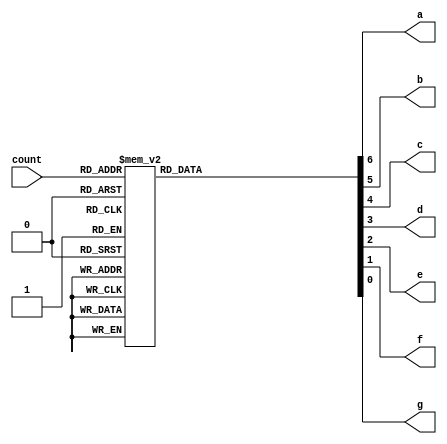

module segment_decoder_7bit(count, a, b, c, d, e, f, g);
	input [3:0] count;
	output a, b, c, d, e, f, g;
	reg a, b, c, d, e, f, g;


	always@*
	begin
		case(count)
		//Hex  : {outputs}       = 7'babc_defg
			4'h0 : {a,b,c,d,e,f,g} = 7'b000_0001;//0 h01
			4'h1 : {a,b,c,d,e,f,g} = 7'b100_1111;//1 h4f
			4'h2 : {a,b,c,d,e,f,g} = 7'b001_0010;//2 h12
			4'h3 : {a,b,c,d,e,f,g} = 7'b000_0110;//3 h06
			4'h4 : {a,b,c,d,e,f,g} = 7'b100_1100;//4 h4c
			4'h5 : {a,b,c,d,e,f,g} = 7'b010_0100;//5 h24
			4'h6 : {a,b,c,d,e,f,g} = 7'b010_0000;//6 h20
			4'h7 : {a,b,c,d,e,f,g} = 7'b000_1111;//7 h0f
			4'h8 : {a,b,c,d,e,f,g} = 7'b000_0000;//8 h00
			4'h9 : {a,b,c,d,e,f,g} = 7'b000_0100;//9 h04
			4'ha : {a,b,c,d,e,f,g} = 7'b000_1000;//a h08
			4'hb : {a,b,c,d,e,f,g} = 7'b110_0000;//b h60
			4'hc : {a,b,c,d,e,f,g} = 7'b011_0001;//c h31
			4'hd : {a,b,c,d,e,f,g} = 7'b100_0010;//d h42
			4'he : {a,b,c,d,e,f,g} = 7'b011_0000;//e h30
			4'hf : {a,b,c,d,e,f,g} = 7'b011_1000;//f h38
		endcase
	end

endmodule